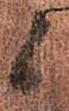
候